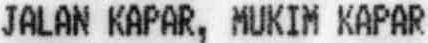
JALAN KAPAR, MUKIM KAPAR